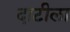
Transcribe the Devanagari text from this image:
दाटीला